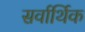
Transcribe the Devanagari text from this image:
सर्वार्थिक